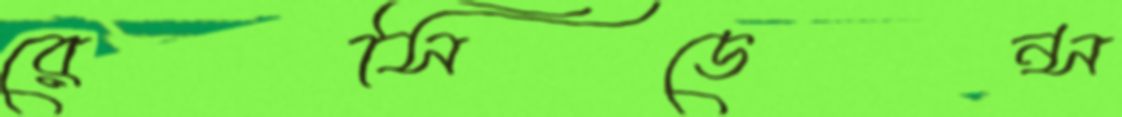
রেসিডেন্স